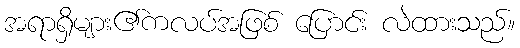
အရာရှိများ၏ကလပ်အဖြစ် ပြောင်း လဲထားသည်။